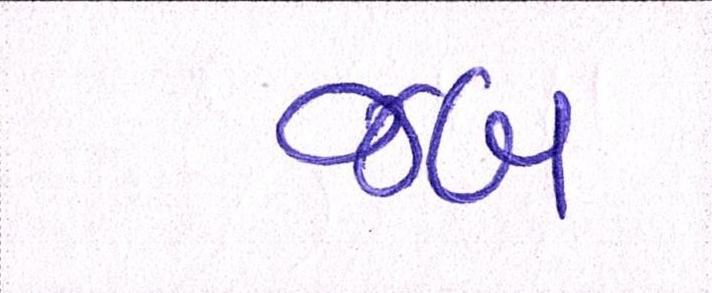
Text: જબ